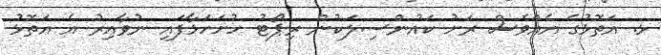
ޅ. އަތޮޅުގެ އެއްވެސް ރަށު ކައުންސިލަކުން ރިޕޯޓު ހުށަހަޅާފައި ނުވާއިރު އެ އަތޮޅު